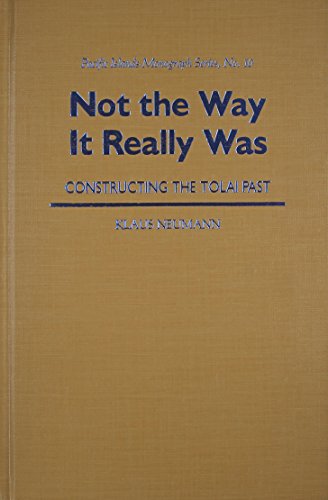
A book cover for Not the Way It Really Was: Constructing the Tolai Past (Pacific Islands Monograph Series); Klaus Neumann; History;